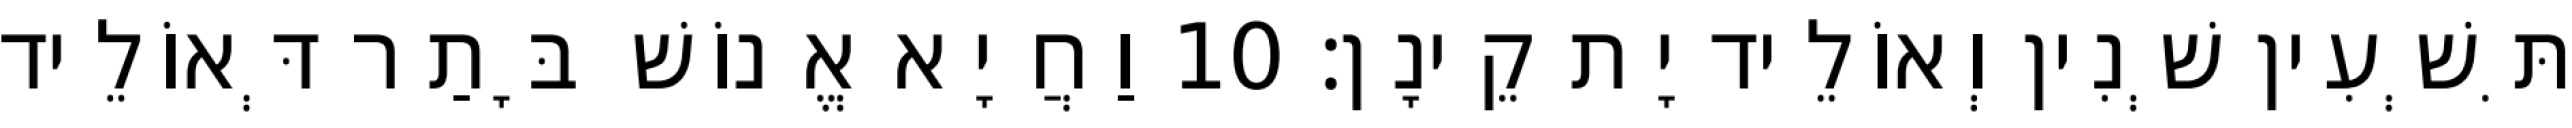
תִּשְׁעִין שְׁנִין וְאוֹלֵיד יָת קֵינָן׃ 10 וַחֲיָא אֱנוֹשׁ בָּתַר דְּאוֹלֵיד